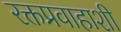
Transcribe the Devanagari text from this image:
रक्तप्रवाहाशी